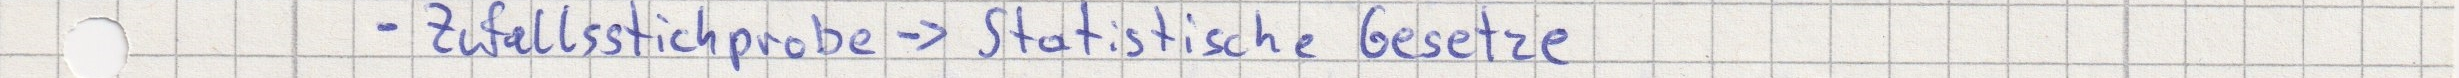
- Zufallsstichprobe -> Statistische Gesetze